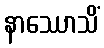
နာဿောသိံ